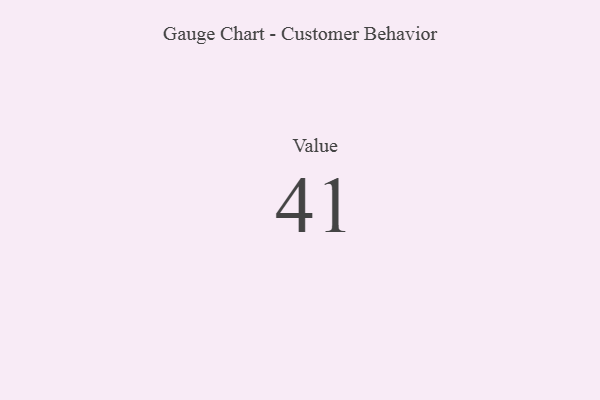
{"axis": {"x": "Metric", "y": "Value"}, "legend": [""], "data": [{"x": "Value", "y": 41, "type": ""}]}